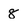
Character: 8